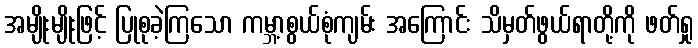
အမျိုးမျိုးဖြင့် ပြုစုခဲ့ကြသော ကမ္ဘာ့စွယ်စုံကျမ်း အကြောင်း သိမှတ်ဖွယ်ရာတို့ကို ဖတ်ရှု